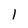
Character: 1